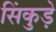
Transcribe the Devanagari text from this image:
सिंकुड़े